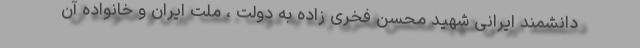
دانشمند ایرانی شهید محسن فخری زاده به دولت ، ملت ایران و خانواده آن